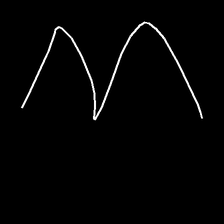
Glyph: crush